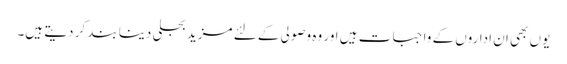
یوں بھی ان اداروں کے واجبات ہیں اور وہ وصولی کے لئے مزید بجلی دینا بند کر دیتے ہیں۔